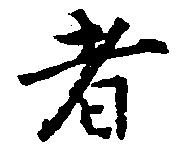
者